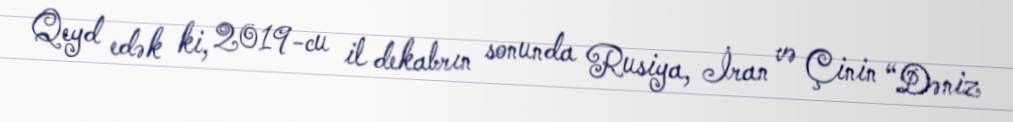
Qeyd edək ki, 2019-cu il dekabrın sonunda Rusiya, İran və Çinin “Dəniz